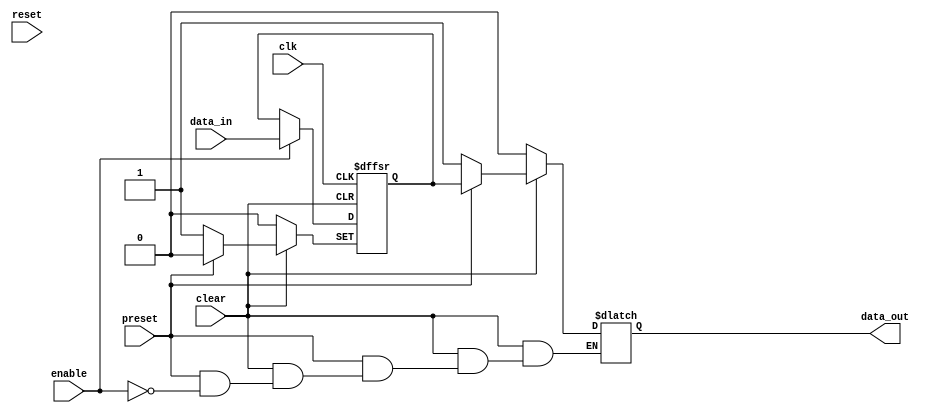
module edge_triggered_latch (
    input wire clk,
    input wire reset,
    input wire enable,
    input wire data_in,
    input wire clear,
    input wire preset,
    output reg data_out
);

reg data_ff;

always @(posedge clk or negedge clear or negedge preset) begin
    if (clear == 0) begin
        data_ff <= 0;
    end else if (preset == 0) begin
        data_ff <= 1;
    end else if (enable == 1) begin
        data_ff <= data_in;
    end
end

always @* begin
    if (clear == 0) begin
        data_out = 0;
    end else if (preset == 0) begin
        data_out = 1;
    end else if (enable == 1) begin
        data_out = data_ff;
    end
end

endmodule